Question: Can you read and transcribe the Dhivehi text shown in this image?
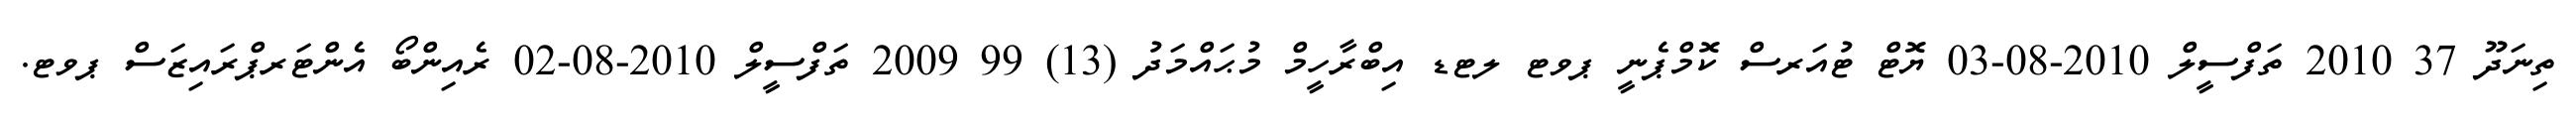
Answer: ތިނަދޫ 37 2010 ތަފްސީލް 2010-08-03 ޔޮޓް ޓުއަރސް ކޮމްޕެނީ ޕވޓ ލޓޑ އިބްރާހީމް މުޙައްމަދު (13) 99 2009 ތަފްސީލް 2010-08-02 ރެއިންބޯ އެންޓަރޕްރައިޒަސް ޕވޓ.